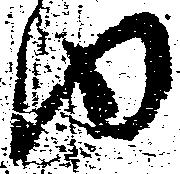
内